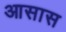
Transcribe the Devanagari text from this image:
आसास